Treatise on elephants
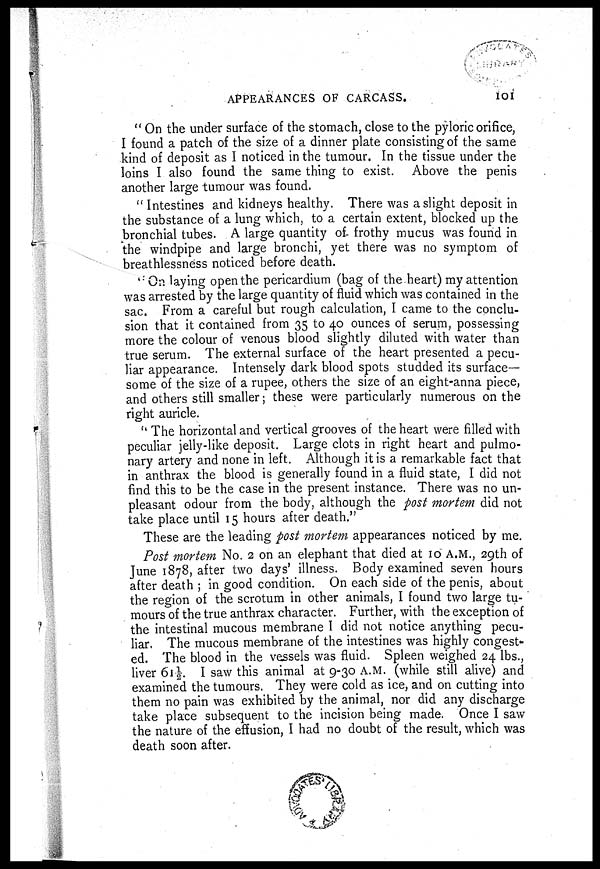
APPEARANCES OF CARCASS.
101
" On the under surface of the stomach, close to the pyloric orifice,
I found a patch of the size of a dinner plate consisting of the same
kind of deposit as I noticed in the tumour. In the tissue under the
loins I also found the same thing to exist. Above the penis
another large tumour was found.
" Intestines and kidneys healthy. There was a slight deposit in
the substance of a lung which, to a certain extent, blocked up the
bronchial tubes. A large quantity of- frothy mucus was found in
the windpipe and large bronchi, yet there was no symptom of
breathlessness noticed before death.
' On laying open the pericardium (bag of the heart) my attention
was arrested by the large quantity of fluid which was contained in the
sac. From a careful but rough calculation, I came to the conclu-
sion that it contained from 35 to 40 ounces of serum, possessing
more the colour of venous blood slightly diluted with water than
true serum. The external surface of the heart presented a pecu-
liar appearance. Intensely dark blood spots studded its surface-
some of the size of a rupee, others the size of an eight-anna piece,
and others still smaller; these were particularly numerous on the
right auricle.
" The horizontal and vertical grooves of the heart were filled with
peculiar jelly-like deposit. Large clots in right heart and pulmo-
nary artery and none in left. Although it is a remarkable fact that
in anthrax the blood is generally found in a fluid state, I did not
find this to be the case in the present instance. There was no un-
pleasant odour from the body, although the post mortem did not
take place until 15 hours after death."
These are the leading post mortem appearances noticed by me.
Post mortem No. 2 on an elephant that died at 10 A.M., 29th of
June 1878, after two days' illness. Body examined seven hours
after death ; in good condition. On each side of the penis, about
the region of the scrotum in other animals, I found two large tu-
mours of the true anthrax character. Further, with the exception of
the intestinal mucous membrane I did not notice anything pecu-
liar. The mucous membrane of the intestines was highly congest-
ed. The blood in the vessels was fluid. Spleen weighed 24 lbs.,
liver 61½. I saw this animal at 9-30 A.M. (while still alive) and
examined the tumours. They were cold as ice, and on cutting into
them no pain was exhibited by the animal, nor did any discharge
take place subsequent to the incision being made. Once I saw
the nature of the effusion, I had no doubt of the result, which was
death soon after.